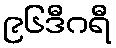
၉၆ဒီဂရီ